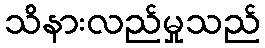
သိနားလည်မှုသည်